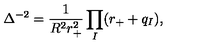
\Delta ^ { - 2 } = \frac { 1 } { R ^ { 2 } r _ { + } ^ { 2 } } \prod _ { I } ( r _ { + } + q _ { I } ) ,